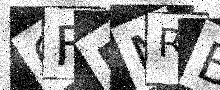
Text: 6FDMRB